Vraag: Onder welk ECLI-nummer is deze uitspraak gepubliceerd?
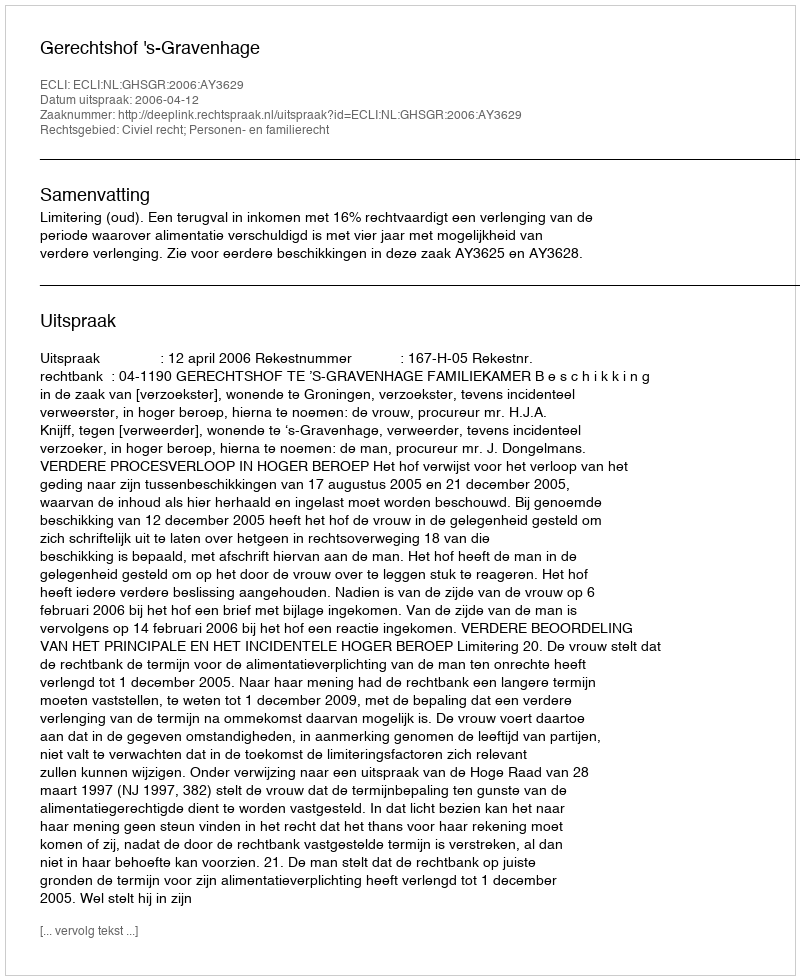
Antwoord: ECLI:NL:GHSGR:2006:AY3629